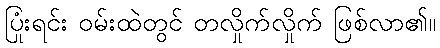
ပြုံးရင်း ဝမ်းထဲတွင် တလှိုက်လှိုက် ဖြစ်လာ၏။